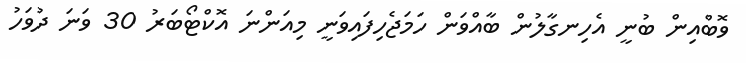
ވޮބްއިން ބުނީ އެހިނގާލުން ބާއްވަން ހަމަޖެހިފައިވަނީ މިއަންނަ އޮކްޓޯބަރު 30 ވަނަ ދުވަހު